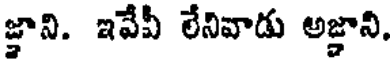
జ్ఞాని. ఇవేవీ లేనివాడు అజ్ఞాని.